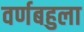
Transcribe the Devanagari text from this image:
वर्णबहुला